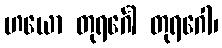
ဟယော တုရင်္ဂေါ တုရဂေါ၊